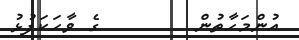
އުންމަހާތުން        ގެ ވާހަކަފުޅު